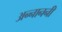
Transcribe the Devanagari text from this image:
अन्नाननी